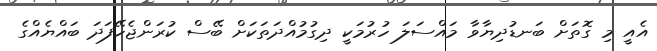
އެއީ މި ގޮތަށް ބަނޑުދިޔާވާ މައްސަލަ ހުރުމަކީ ދިގުމުއްދަތަކަށް ބޭސް ކުރަންޖެހޭފަދަ ބައްޔެއްގެ